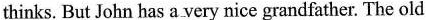
thinks. But John has a very nice grandfather. The old